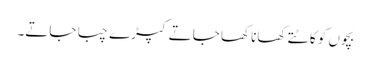
بچوں کو کاٹتے کھانا کھا جاتے کپڑے چبا جاتے۔